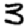
Digit: 3